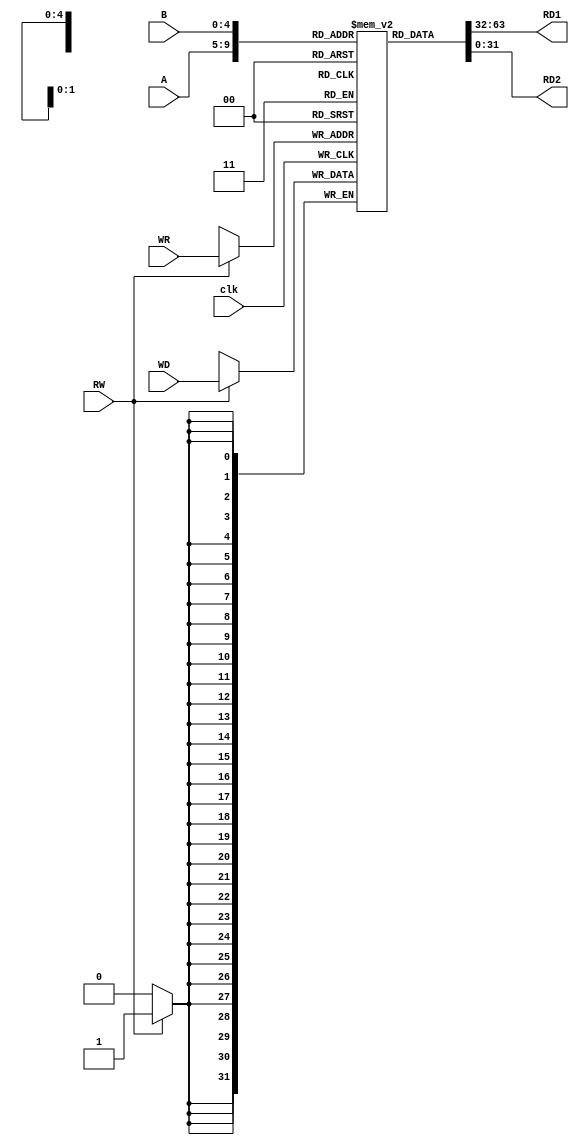
`timescale 1ns / 1ps
//////////////////////////////////////////////////////////////////////////////////
// Company: 
// Engineer: 
// 
// Design Name: 
// Module Name:    Registers 
// Project Name: 
// Target Devices: 
// Tool versions: 
// Description: 
//
// Dependencies: 
//
// Revision: 
// Revision 0.01 - File Created
// Additional Comments: 
//
//////////////////////////////////////////////////////////////////////////////////
module Registers(clk,A,B,WR,WD,RW,RD1,RD2
    );
input [0:4] A,B;
input clk;
input [0:4] WR;
input [0:31] WD;
input RW;
reg [0:31] registers [0:31];
integer i;
output [0:31] RD1,RD2;


initial begin
i = 0;
for(i=0;i<32;i=i+1)
begin
registers[i] = 0;
end
end

assign RD1 = registers[A];
assign RD2 = registers[B];

always@( posedge clk)
begin
if(RW)begin
registers[WR] = WD;
end
end



endmodule